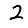
Digit: 2